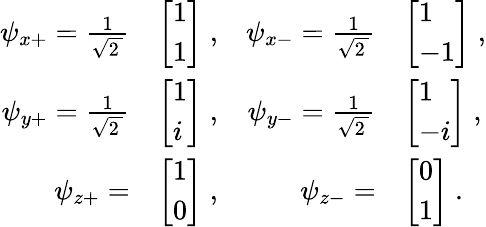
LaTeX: {\begin{array}{rlrl}{\psi_{x+}={\frac{1}{\sqrt{2\, }}}}&{{\left[\begin{array}{l}{1}\\ {1}\end{array}\right]}\; ,}&{\psi_{x-}={\frac{1}{\sqrt{2\, }}}}&{{\left[\begin{array}{l}{1}\\ {-1}\end{array}\right]}\; ,}\\ {\psi_{y+}={\frac{1}{\sqrt{2\, }}}}&{{\left[\begin{array}{l}{1}\\ {i}\end{array}\right]}\; ,}&{\psi_{y-}={\frac{1}{\sqrt{2\, }}}}&{{\left[\begin{array}{l}{1}\\ {-i}\end{array}\right]}\; ,}\\ {\psi_{z+}=}&{{\left[\begin{array}{l}{1}\\ {0}\end{array}\right]}\; ,}&{\psi_{z-}=}&{{\left[\begin{array}{l}{0}\\ {1}\end{array}\right]}~.}\end{array}}